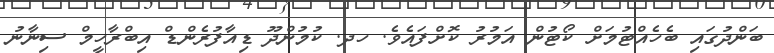
ބަންދުގައި ބެހެއްޓުމަށް ކޯޓުން އަމުރު ކޮށްފައެވެ. ހދ. ކުމުންދޫ ޑިއާފުރެންޑް އިބްރާހީމް ސިނާނު